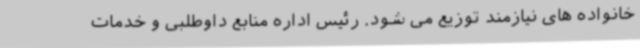
خانواده های نیازمند توزیع می شود. رئیس اداره منابع داوطلبی و خدمات